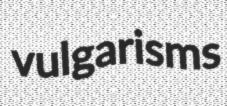
vulgarisms